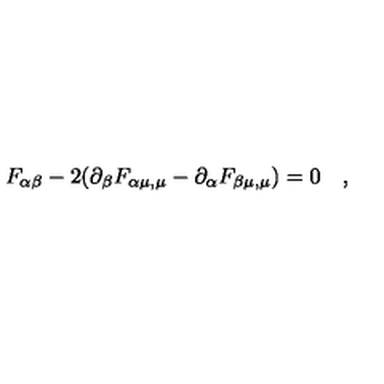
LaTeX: F _ { \alpha \beta } - 2 ( \partial _ { \beta } F _ { \alpha \mu , \mu } - \partial _ { \alpha } F _ { \beta \mu , \mu } ) = 0 \quad ,